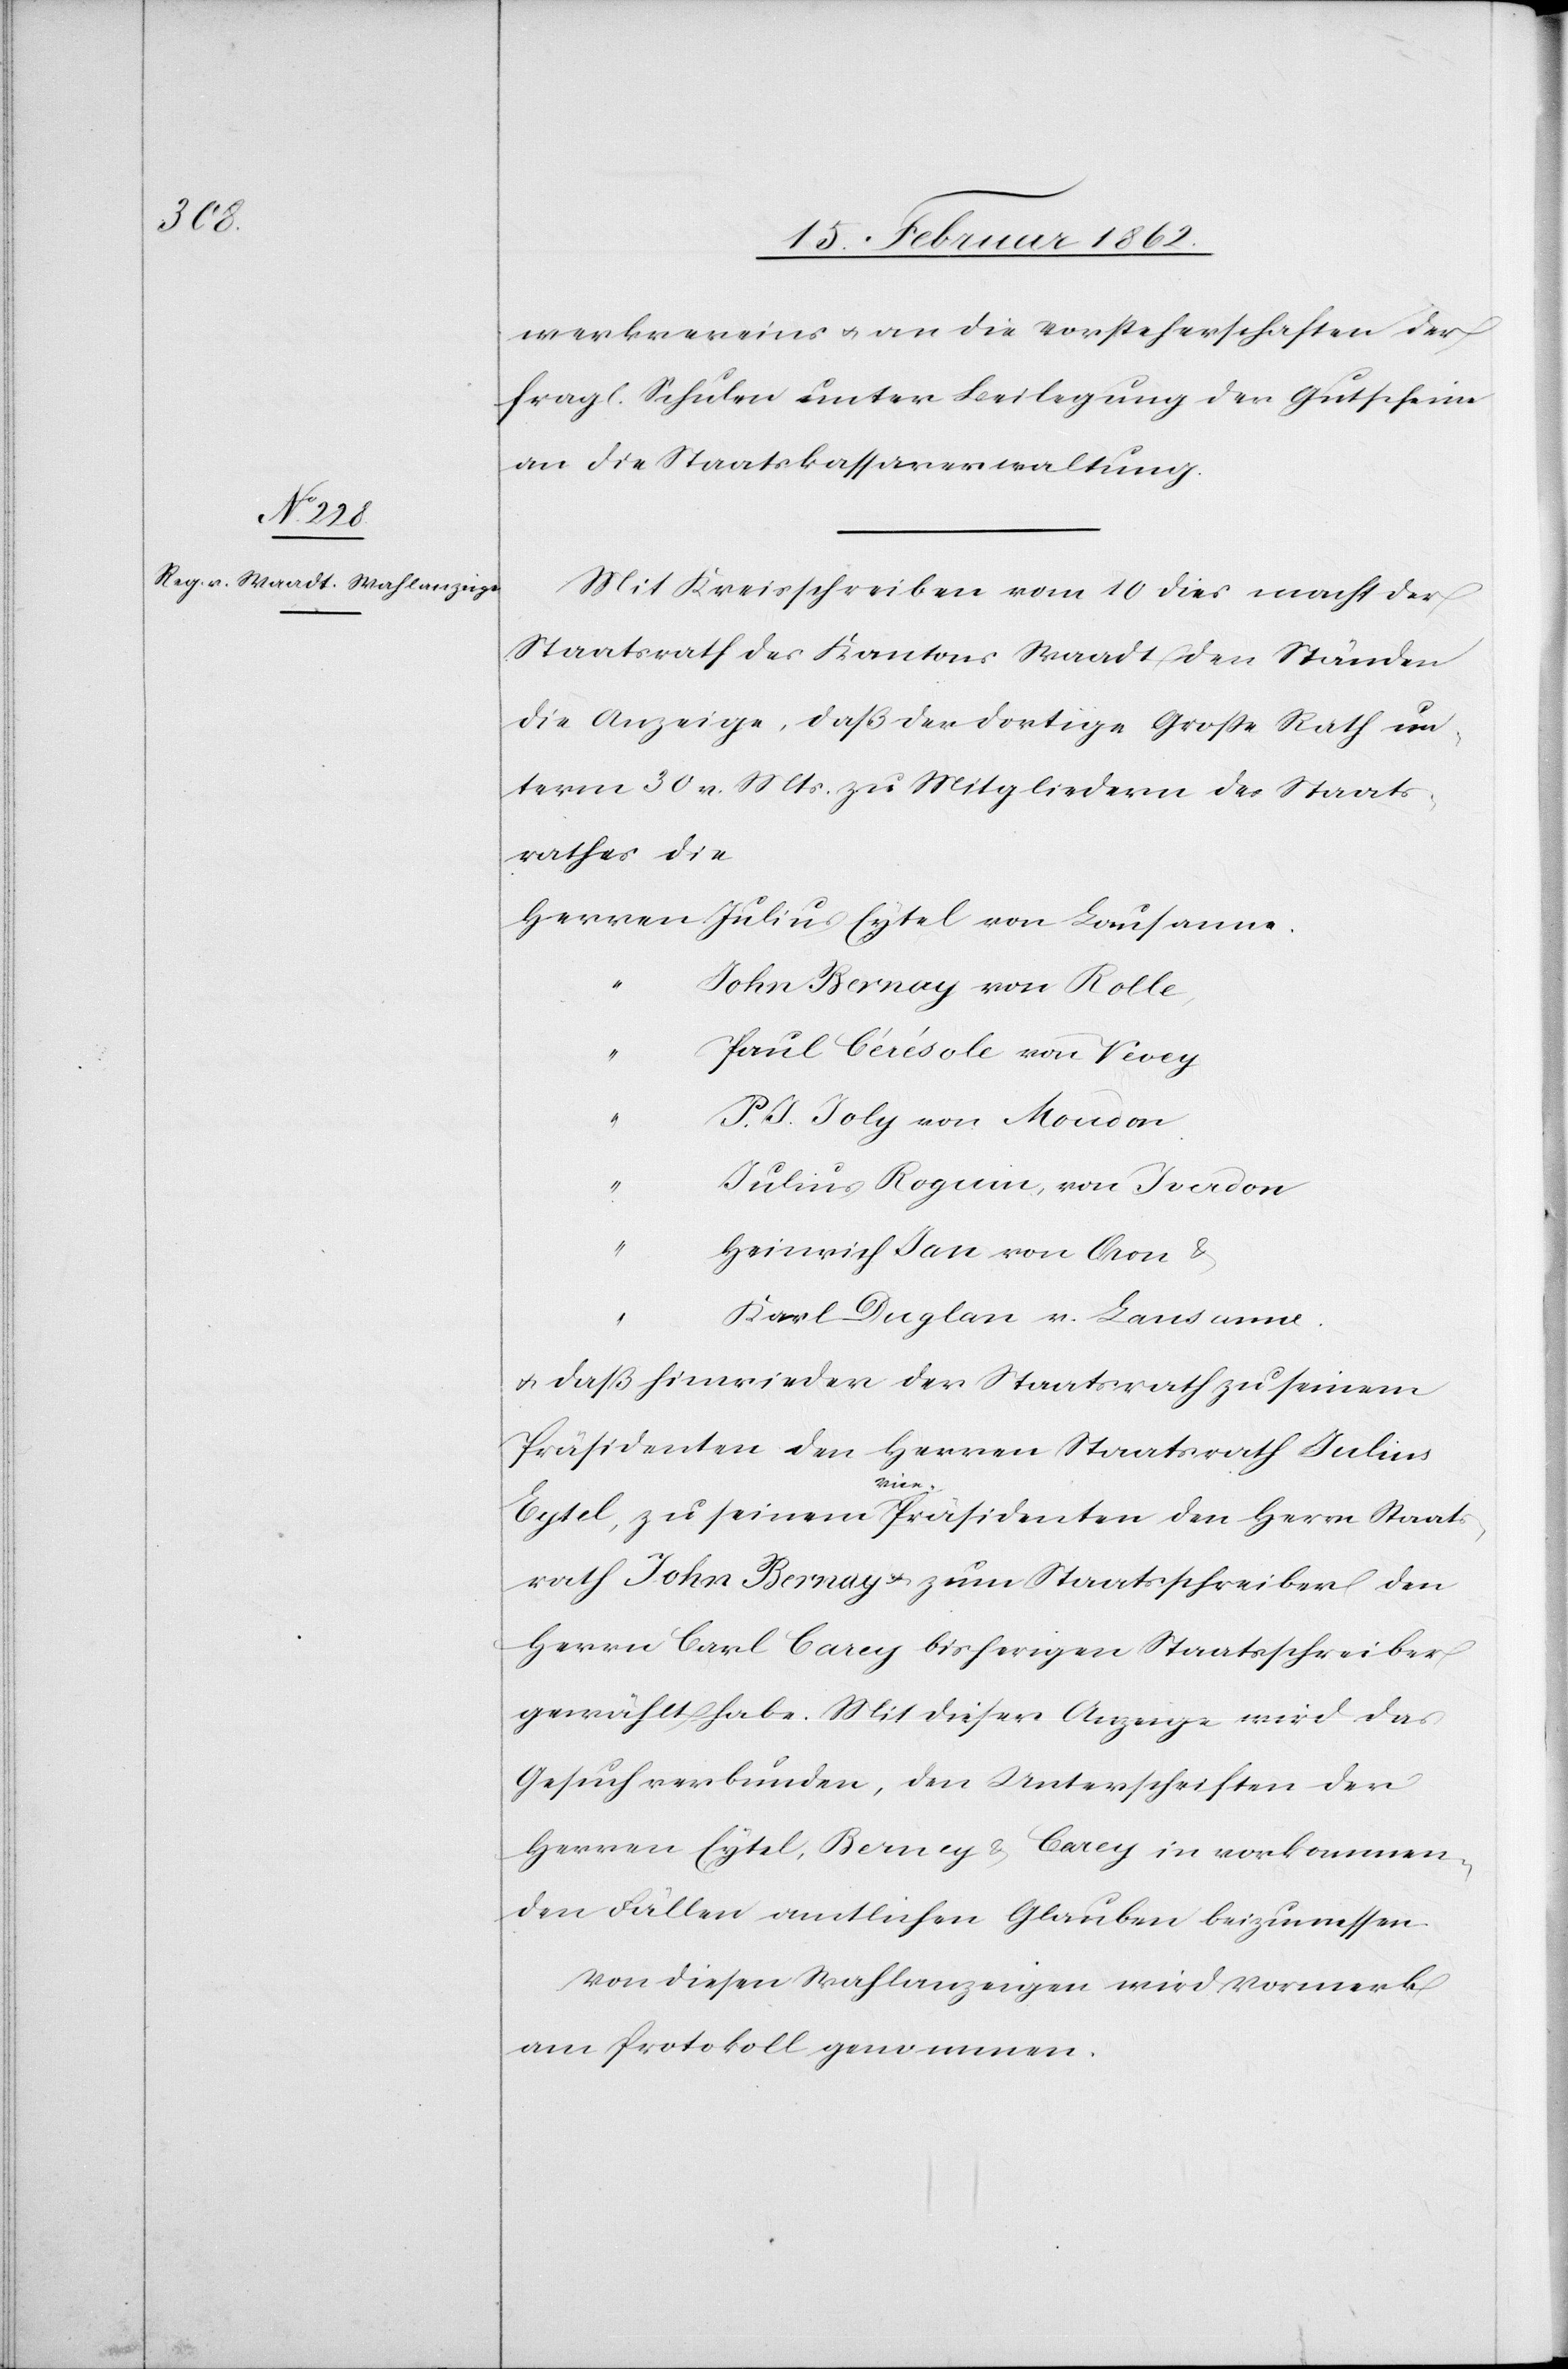
werkvereins u. an die Vorsteherschaften der
fragl. Schulen unter Beilegung der Gutscheine
an die Staatskassaverwaltung.
Mit Kreisschreiben vom 10 dies macht der
Staatsrath des Kantons Waadt den Ständen
die Anzeige, daß der dortige Große Rath un¬
term 30 v. Mts. zu Mitgliedern des Staats¬
rathes die
Herren Julius Eytel von Lausanne
John Bernay von Rolle
Paul Cérésole von Vevey
P. J. Joly von Moudon
Julius Roguin von Yverdon
Heinrich Jan von Oron &
Karl Duglan v. Lausanne
u. daß hinwieder der Staatsrath zu seinem
Präsidenten den Herren Staatsrath Julius
Eytel, zu seinem Vice-Präsidenten den Herrn Staats¬
rath John Bernay u. zum Staatsschreiber den
Herrn Carl Carey bisherigen Staatsschreiber
gewählt habe. Mit dieser Anzeige wird das
Gesuch verbunden, den Unterschriften der
Herren Eytel, Bernay & Carey in vorkommen¬
den Fällen amtlichen Glauben beizumessen.
Von diesen Wahlanzeigen wird Vormerk
am Protokoll genommen.